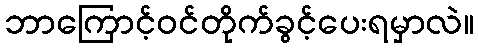
ဘာကြောင့်ဝင်တိုက်ခွင့်ပေးရမှာလဲ။